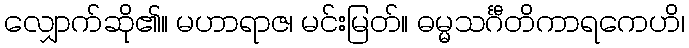
လျှောက်ဆို၏။ မဟာရာဇ၊ မင်းမြတ်။ ဓမ္မသင်္ဂီတိကာရကေဟိ၊